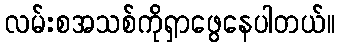
လမ်းစအသစ်ကိုရှာဖွေနေပါတယ်။